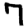
Digit: 7